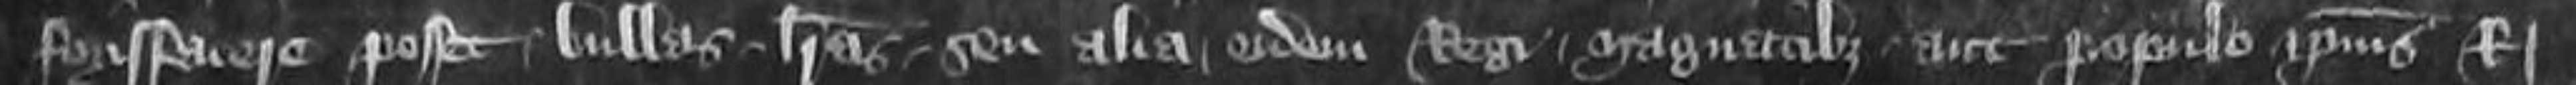
forisfacere posset bullas litteras seu alia eidem Regi magnatibus aut populo ipsius Regis